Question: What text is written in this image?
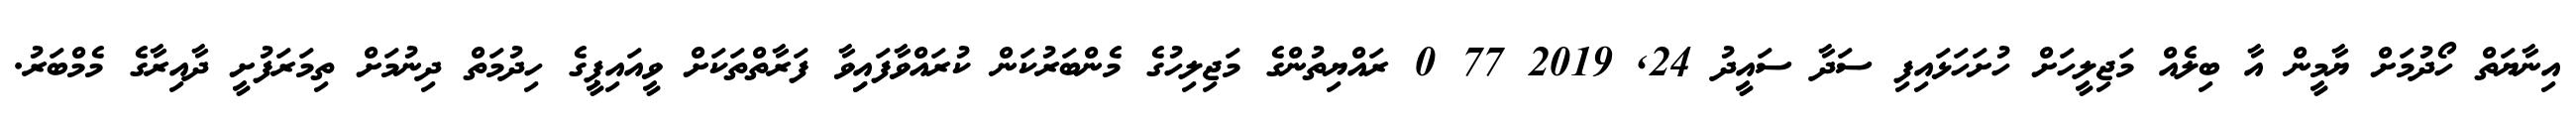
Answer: އިނާޔަތް ހޯދުމަށް ޔާމީން އާ ބިލެއް މަޖިލީހަށް ހުށަހަޅައިފި ސަދާ ސައީދު 24, 2019 77 0 ރައްޔިތުންގެ މަޖިލިހުގެ މެންބަރުކަން ކުރައްވާފައިިވާ ފަރާތްތަކަށް ވީއައިޕީގެ ހިދުމަތް ދިނުމަށް ތިމަރަފުށީ ދާއިރާގެ މެމްބަރު.